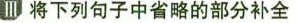
Ⅲ 将下列句子中省略的部分补全